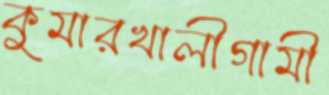
কুমারখালীগামী